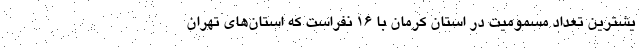
یشترین تعداد مسمومیت در استان کرمان با ۱۶ نفراست که استان‌های تهران